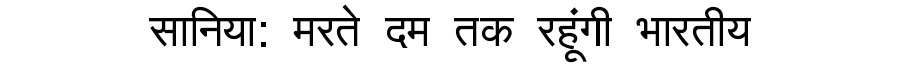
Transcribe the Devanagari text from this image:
सानिया: मरते दम तक रहूंगी भारतीय